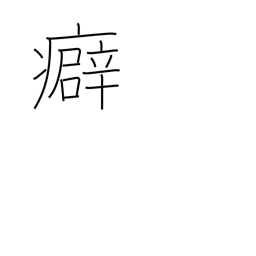
Meaning: kink